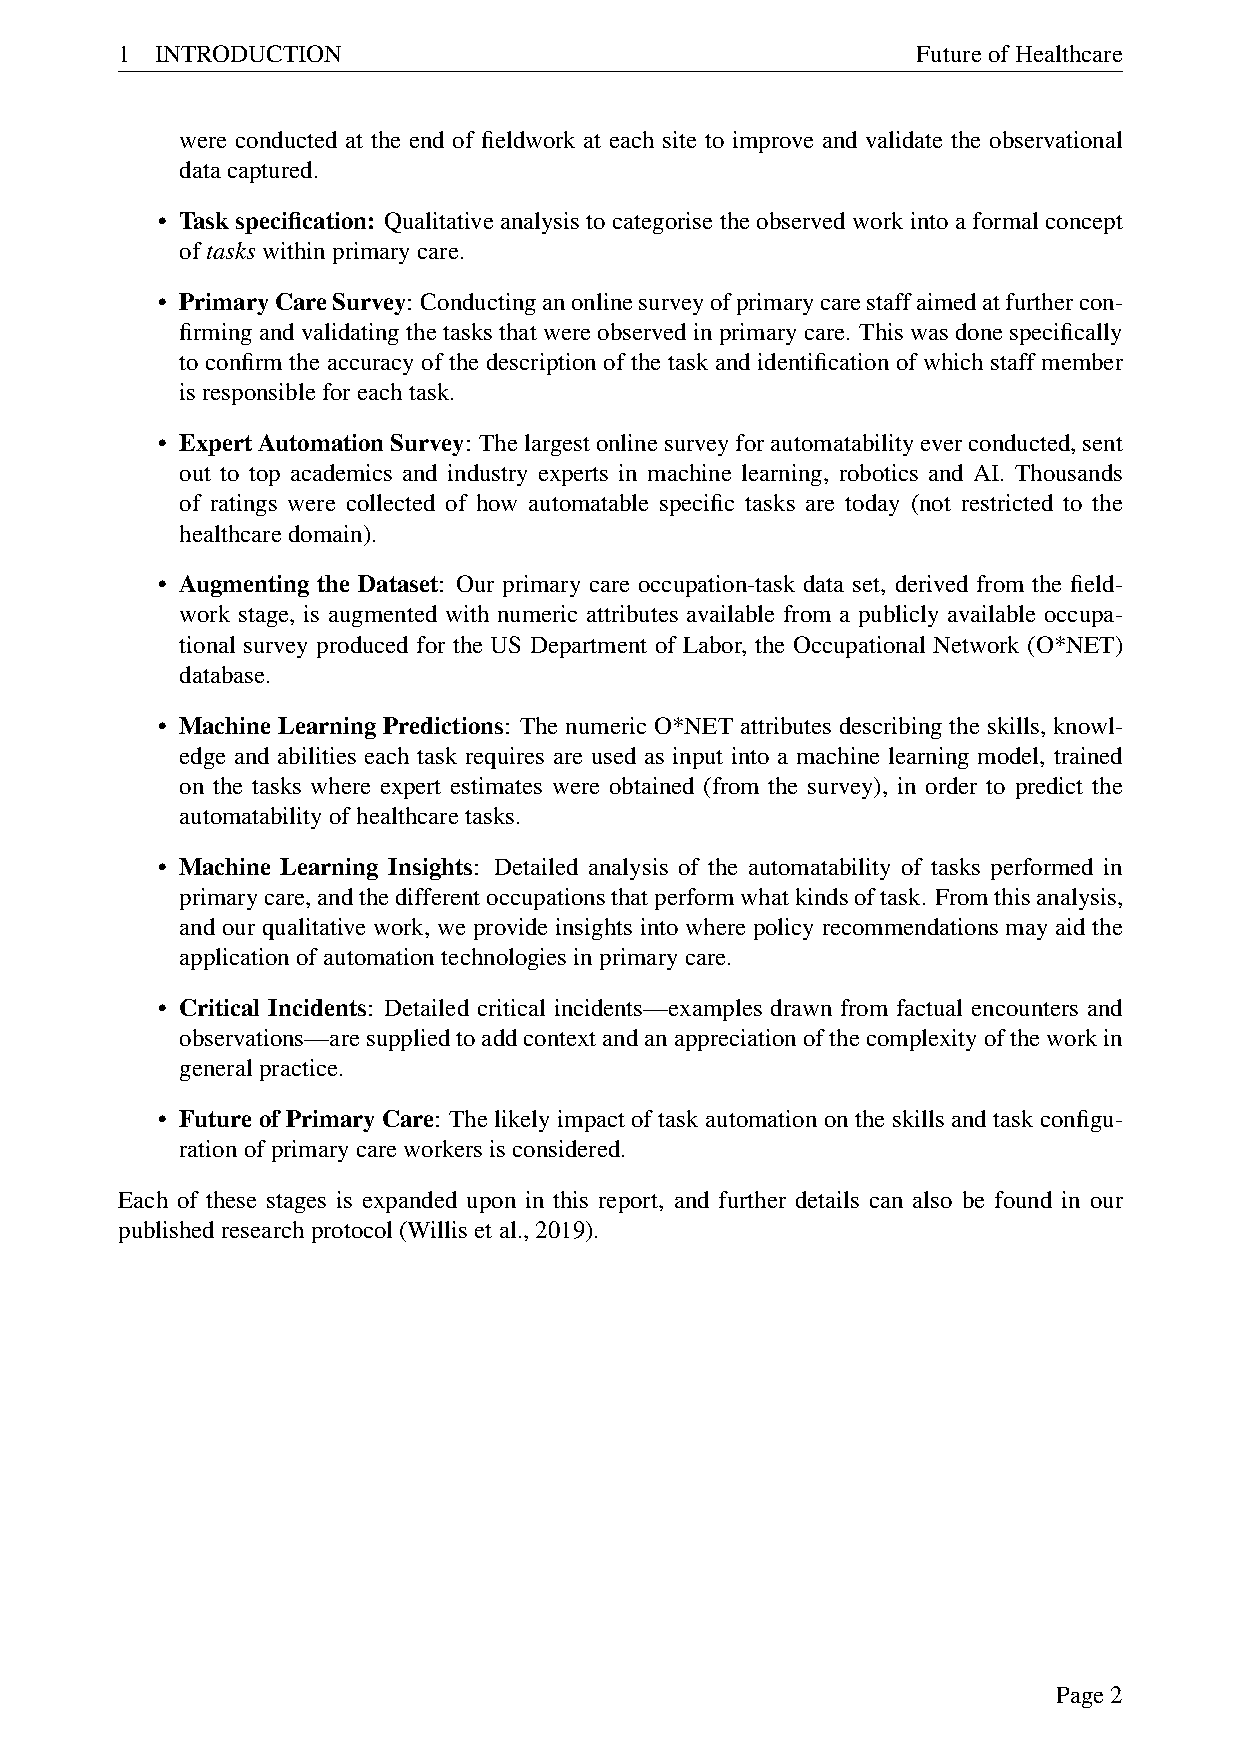
1 INTRODUCTION                                       FutureofHealthcare
 were conducted at the end of fieldwork at each site to improve and validate the observational
 datacaptured.
 • Task specification: Qualitative analysis to categorise the observed work into a formal concept
 oftaskswithinprimarycare.
 • PrimaryCareSurvey: Conductinganonlinesurveyofprimarycarestaffaimedatfurthercon-
 firmingandvalidatingthetasksthatwereobservedinprimarycare. Thiswasdonespecifically
 to confirm the accuracy of the description of the task and identification of which staff member
 isresponsibleforeachtask.
 • ExpertAutomationSurvey: Thelargestonlinesurveyforautomatabilityeverconducted,sent
 out to top academics and industry experts in machine learning, robotics and AI. Thousands
 of ratings were collected of how automatable specific tasks are today (not restricted to the
 healthcaredomain).
 • Augmenting the Dataset: Our primary care occupation-task data set, derived from the field-
 work stage, is augmented with numeric attributes available from a publicly available occupa-
 tional survey produced for the US Department of Labor, the Occupational Network (O*NET)
 database.
 • Machine Learning Predictions: The numeric O*NET attributes describing the skills, knowl-
 edge and abilities each task requires are used as input into a machine learning model, trained
 on the tasks where expert estimates were obtained (from the survey), in order to predict the
 automatabilityofhealthcaretasks.
 • Machine Learning Insights: Detailed analysis of the automatability of tasks performed in
 primarycare,andthedifferentoccupationsthatperformwhatkindsoftask. Fromthisanalysis,
 and our qualitative work, we provide insights into where policy recommendations may aid the
 applicationofautomationtechnologiesinprimarycare.
 • Critical Incidents: Detailed critical incidents—examples drawn from factual encounters and
 observations—aresuppliedtoaddcontextandanappreciationofthecomplexityoftheworkin
 generalpractice.
 • Future of Primary Care: The likely impact of task automation on the skills and task configu-
 rationofprimarycareworkersisconsidered.
 Each of these stages is expanded upon in this report, and further details can also be found in our
 publishedresearchprotocol(Willisetal.,2019).
 Page2